Medical and sanitary report of the native army of Bengal for the year
Year: 1875
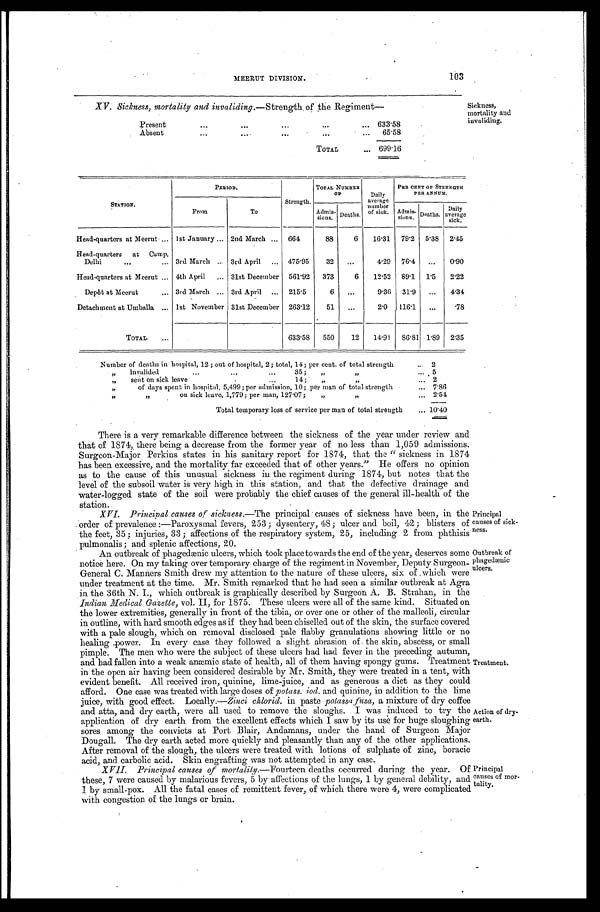
103
Sickness,
mortality and
invaliding.
MEERUT DIVISION.
XV. Sickness, mortality and invaliding.—Strength of the Regiment—
Present . . . 633.58
Absent
.
.
.
65.58
TOTAL . . .
699.16
STATION.
PERIOD.
Strength.
TOTAL NUMBER
O F
Daily
average
number
of sick.
PER CENT OF STRENGTH
PER ANNUM.
From
To
Admis-
sions. Deaths.
Admis-
sions. Deaths.
Daily
average
sick.
Head-quarters at Meerut . . . 1st January . . . 2nd March . . . 664
88
6
16.31
79.2 5.38 2.45
Head-quarters at Camp,
Delhi . . . 3rd March . . . 3rd April . . .
475.95
32
. . .
4.29
76.4
. . .
0.90
Head-quarters at Meerut . . . 4th April . . .
31st December 561.92
373
6
12.52 89.1
1.5
2.22
Depôt at Meerut . . . 3rd March . . . 3rd April . . .
215.5
6
. . .
9.36
31.9
. . .
4.34
Detachment at Umballa . . . 1st November 31st December 263.12
51
. . .
2.0
116.1
. . .
.78
TOTAL . . .
633.58
550
12
14.91 86.81 1.89 2.35
Number of deaths in hospital, 12 ; out of hospital, 2; total, 14; per cent. of total strength . . .
2
" i n v a l i d e d . . . 3 5 ; " " . . .
5
" s e n to
n s i c k
l e a v e . . . 1 4
; " " . . . 2
" of days spent in hospital, 5,499; per admission, 10; per man of total strength . . . 7.86
" " on sick leave, 1,779; per man, 127.07; " " . . . 2.54
Total temporary loss of service per man of total strength . . . 10.40
There is a very remarkable difference between the sickness of the year under review and
that of 1874, there being a decrease from the former year of no less than 1,059 admissions.
Surgeon-Major Perkins states in his sanitary report for 1874, that the "sickness in 1874
has been excessive, and the mortality far exceeded that of other years."He offers no opinion
as to the cause of this unusual sickness in the regiment during 1874, but notes that the
level of the subsoil water is very high in this station, and that the defective drainage and
water-logged state of the soil Were probably the chief causes of the general ill-health of the
station.
XVI. Principal causes of sickness.—The principal causes of sickness have been, in the
order of prevalence:—Paroxysmal fevers, 253; dysentery, 48; ulcer and boil, 42; blisters of
the feet, 35; injuries, 33; affections of the respiratory system, 25, including 2 from phthisis
pulmonalis; and splenie affections, 20.
Principal
causes of sick
-ness.
An outbreak of phagedænic ulcers, which took place towards the end of the year, deserves some
notice here. On my taking over temporary charge of the regiment in November, Deputy Surgeon
-General C. Manners Smith drew my attention to the nature of these ulcers, six of which were
under treatment at the time. Mr. Smith remarked that he had seen a similar outbreak at Agra
in the 36th N. I., which outbreak is graphically described by Surgeon A. B. Strahan, in the
Indian Medical Gazette, vol. II, for 1875. These ulcers were all of the same kind. Situated on
the lower extremities, generally in front of the tibia, or over one or other of the malleoli, circular
in outline, with hard smooth edges as if they had been chiselled out of the skin, the surface covered
with a pale slough, which on removal disclosed pale flabby granulations showing little or no
healing power. In every case they followed a slight abrasion of the skin, abscess, or small
pimple. The men who were the subject of these ulcers had had fever in the preceding autumn,
and had fallen into a weak anæmic state of health, all of them having spongy gums. Treatment
in the open air having been considered desirable by Mr. Smith, they were treated in a tent, with
evident benefit. All received iron, quinine, lime-juice, and as generous a diet as they could
afford. One case was treated with large doses of potass. iod. and quinine, in addition to the lime
juice, with good effect. Locally.— Zinci chlorid. in paste potassafusa, a m i x t u r e o f d r y c o f f e e
and atta, and dry earth, were all used to remove the sloughs. I was induced to try the
application of dry earth from the excellent effects which I saw by its use for huge sloughing
sores among the convicts at Port Blair, Andamans, under the hand of Surgeon Major
Dougall. The dry earth acted more quickly and pleasantly than any of the other applications.
After removal of the slough, the ulcers were treated with lotions of sulphate of zinc, boracic
acid, and carbolic acid. Skin engrafting was not attempted in any case.
XVII. Principal causes of mortality.—Fourteen deaths occurred during the year. Of
these, 7 were caused by malarious fevers, 5 by affections of the lungs, 1 by general debility, and
1 by small-pox. All the fatal cases of remittent fever, of which there were 4, were complicated
with congestion of the lungs or brain.
Outbreak of
phagedænic
ulcers.
Treatment.
Action of dry
-earth.
Principal
causes of mor
-tality.